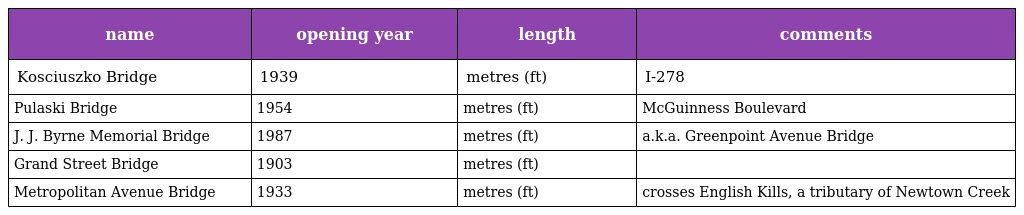
| name | opening year | length | comments |
 | --- | --- | --- | --- |
 | Kosciuszko Bridge | 1939 | metres (ft) | I-278 |
 | Pulaski Bridge | 1954 | metres (ft) | McGuinness Boulevard |
 | J. J. Byrne Memorial Bridge | 1987 | metres (ft) | a.k.a. Greenpoint Avenue Bridge |
 | Grand Street Bridge | 1903 | metres (ft) |  |
 | Metropolitan Avenue Bridge | 1933 | metres (ft) | crosses English Kills, a tributary of Newtown Creek |